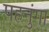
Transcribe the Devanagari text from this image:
पहनुंगा